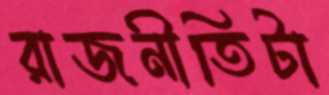
রাজনীতিটা